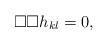
LaTeX: \begin{align*} \Box\Box h_{kl} = 0 ,\end{align*}